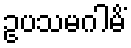
ဥပသမဂါမိံ